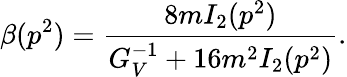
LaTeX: \beta(p^{2})=\frac{8mI_{2}(p^{2})}{G_{V}^{-1}+16m^{2}I_{2}(p^{2})}.